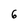
Character: 6